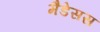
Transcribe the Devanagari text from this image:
मैडेसस